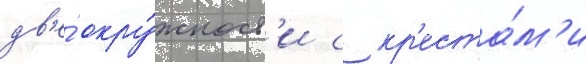
дв'е́ окру́жност'и с кр'еста́м'и